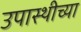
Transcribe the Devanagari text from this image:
उपास्थीच्या